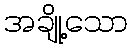
အချို့သော